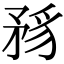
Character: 𥍪